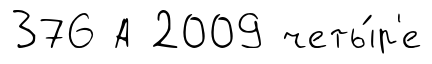
376 А 2009 четы́р'е